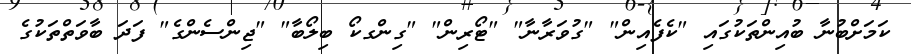
ކަމަށްބުނާ ބުއިންތަކުގައި "ކެފެއިން" "ގުވަރާނާ" "ޓޯރިން" "ގިންގކޯ ބިލޯބާ" "ޖިންސެންގެ" ފަދަ ބާވަތްތަކުގެ